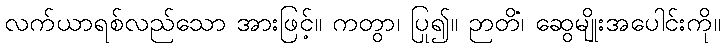
လက်ယာရစ်လည်သော အားဖြင့်။ ကတွာ၊ ပြု၍။ ဉာတိံ၊ ဆွေမျိုးအပေါင်းကို။